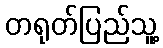
တရုတ်ပြည်သူ့